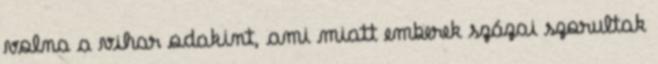
volna a vihar odakint, ami miatt emberek százai szorultak